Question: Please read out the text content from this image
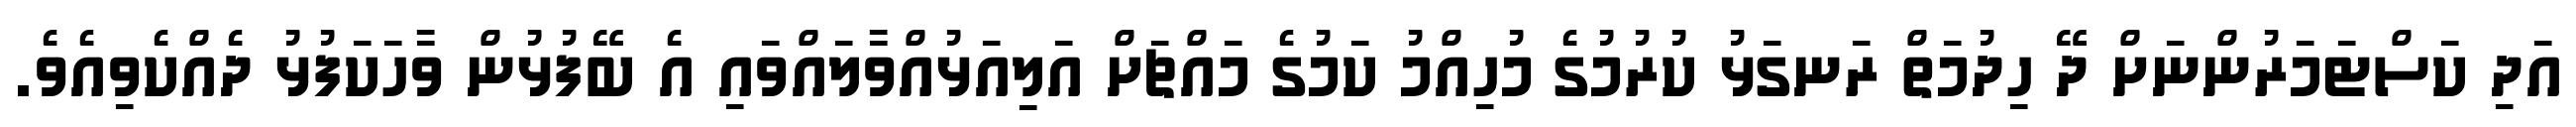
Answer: އަދި ކަސްޓަމަރުންނަށް ދޭ ހިދުމަތް ރަނގަޅު ކުރުމުގެ މުހިއްމު ކަމުގެ މައްޗަށް އަލިއަޅުއްވާލައްވައި އެ ބޭފުޅުން ވާހަކަފުޅު ދެއްކެވިއެވެ.